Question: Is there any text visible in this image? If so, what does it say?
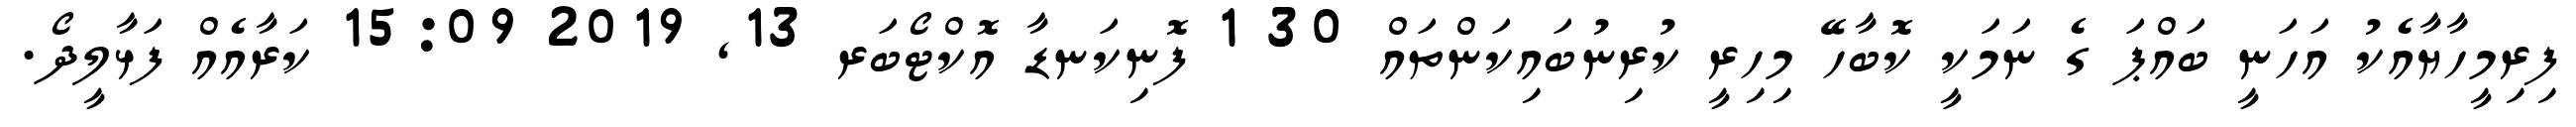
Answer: ފިރިމީހާޔާއެކު އަހަނީ ބައްޕަ ގެ ނަމަކީ ކޮބާހޭ މިހިރީ ކުރިނުބައިކަންތައް 30 1 ފޮނިކަނޑާ އޮކްޓޯބަރ 13, 2019 15:09 ކަރާއެއް ފަޅާލީދޯ.